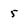
Character: 5